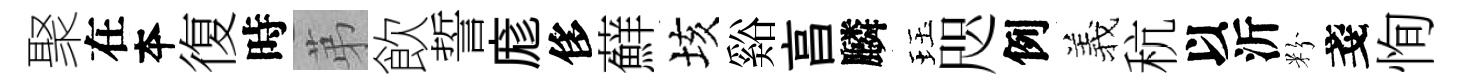
聚在夲復時苐飲誓庬侈蘚垓谿亯麟珏咫例羲秔以沂粉戔恂